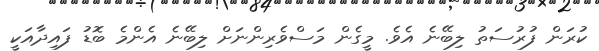
ކުރަން ފުރުސަތު ލިބޭނެ އެވެ. މީގެން މަސްވެރިންނަށް ލިބޭނެ އެންމެ ބޮޑު ފައިދާއަކީ